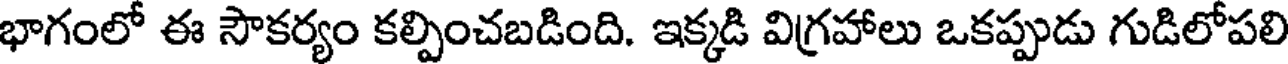
భాగంలో ఈ సౌకర్యం కల్పించబడింది. ఇక్కడి విగ్రహాలు ఒకప్పుడు గుడిలోపలి